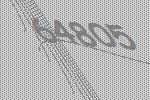
64805